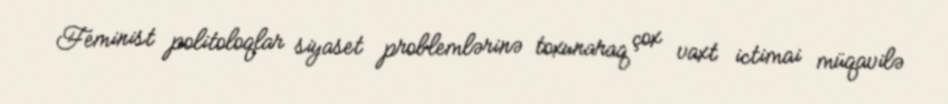
Feminist politoloqlar siyaset problemlərinə toxunaraq çox vaxt ictimai müqavilə